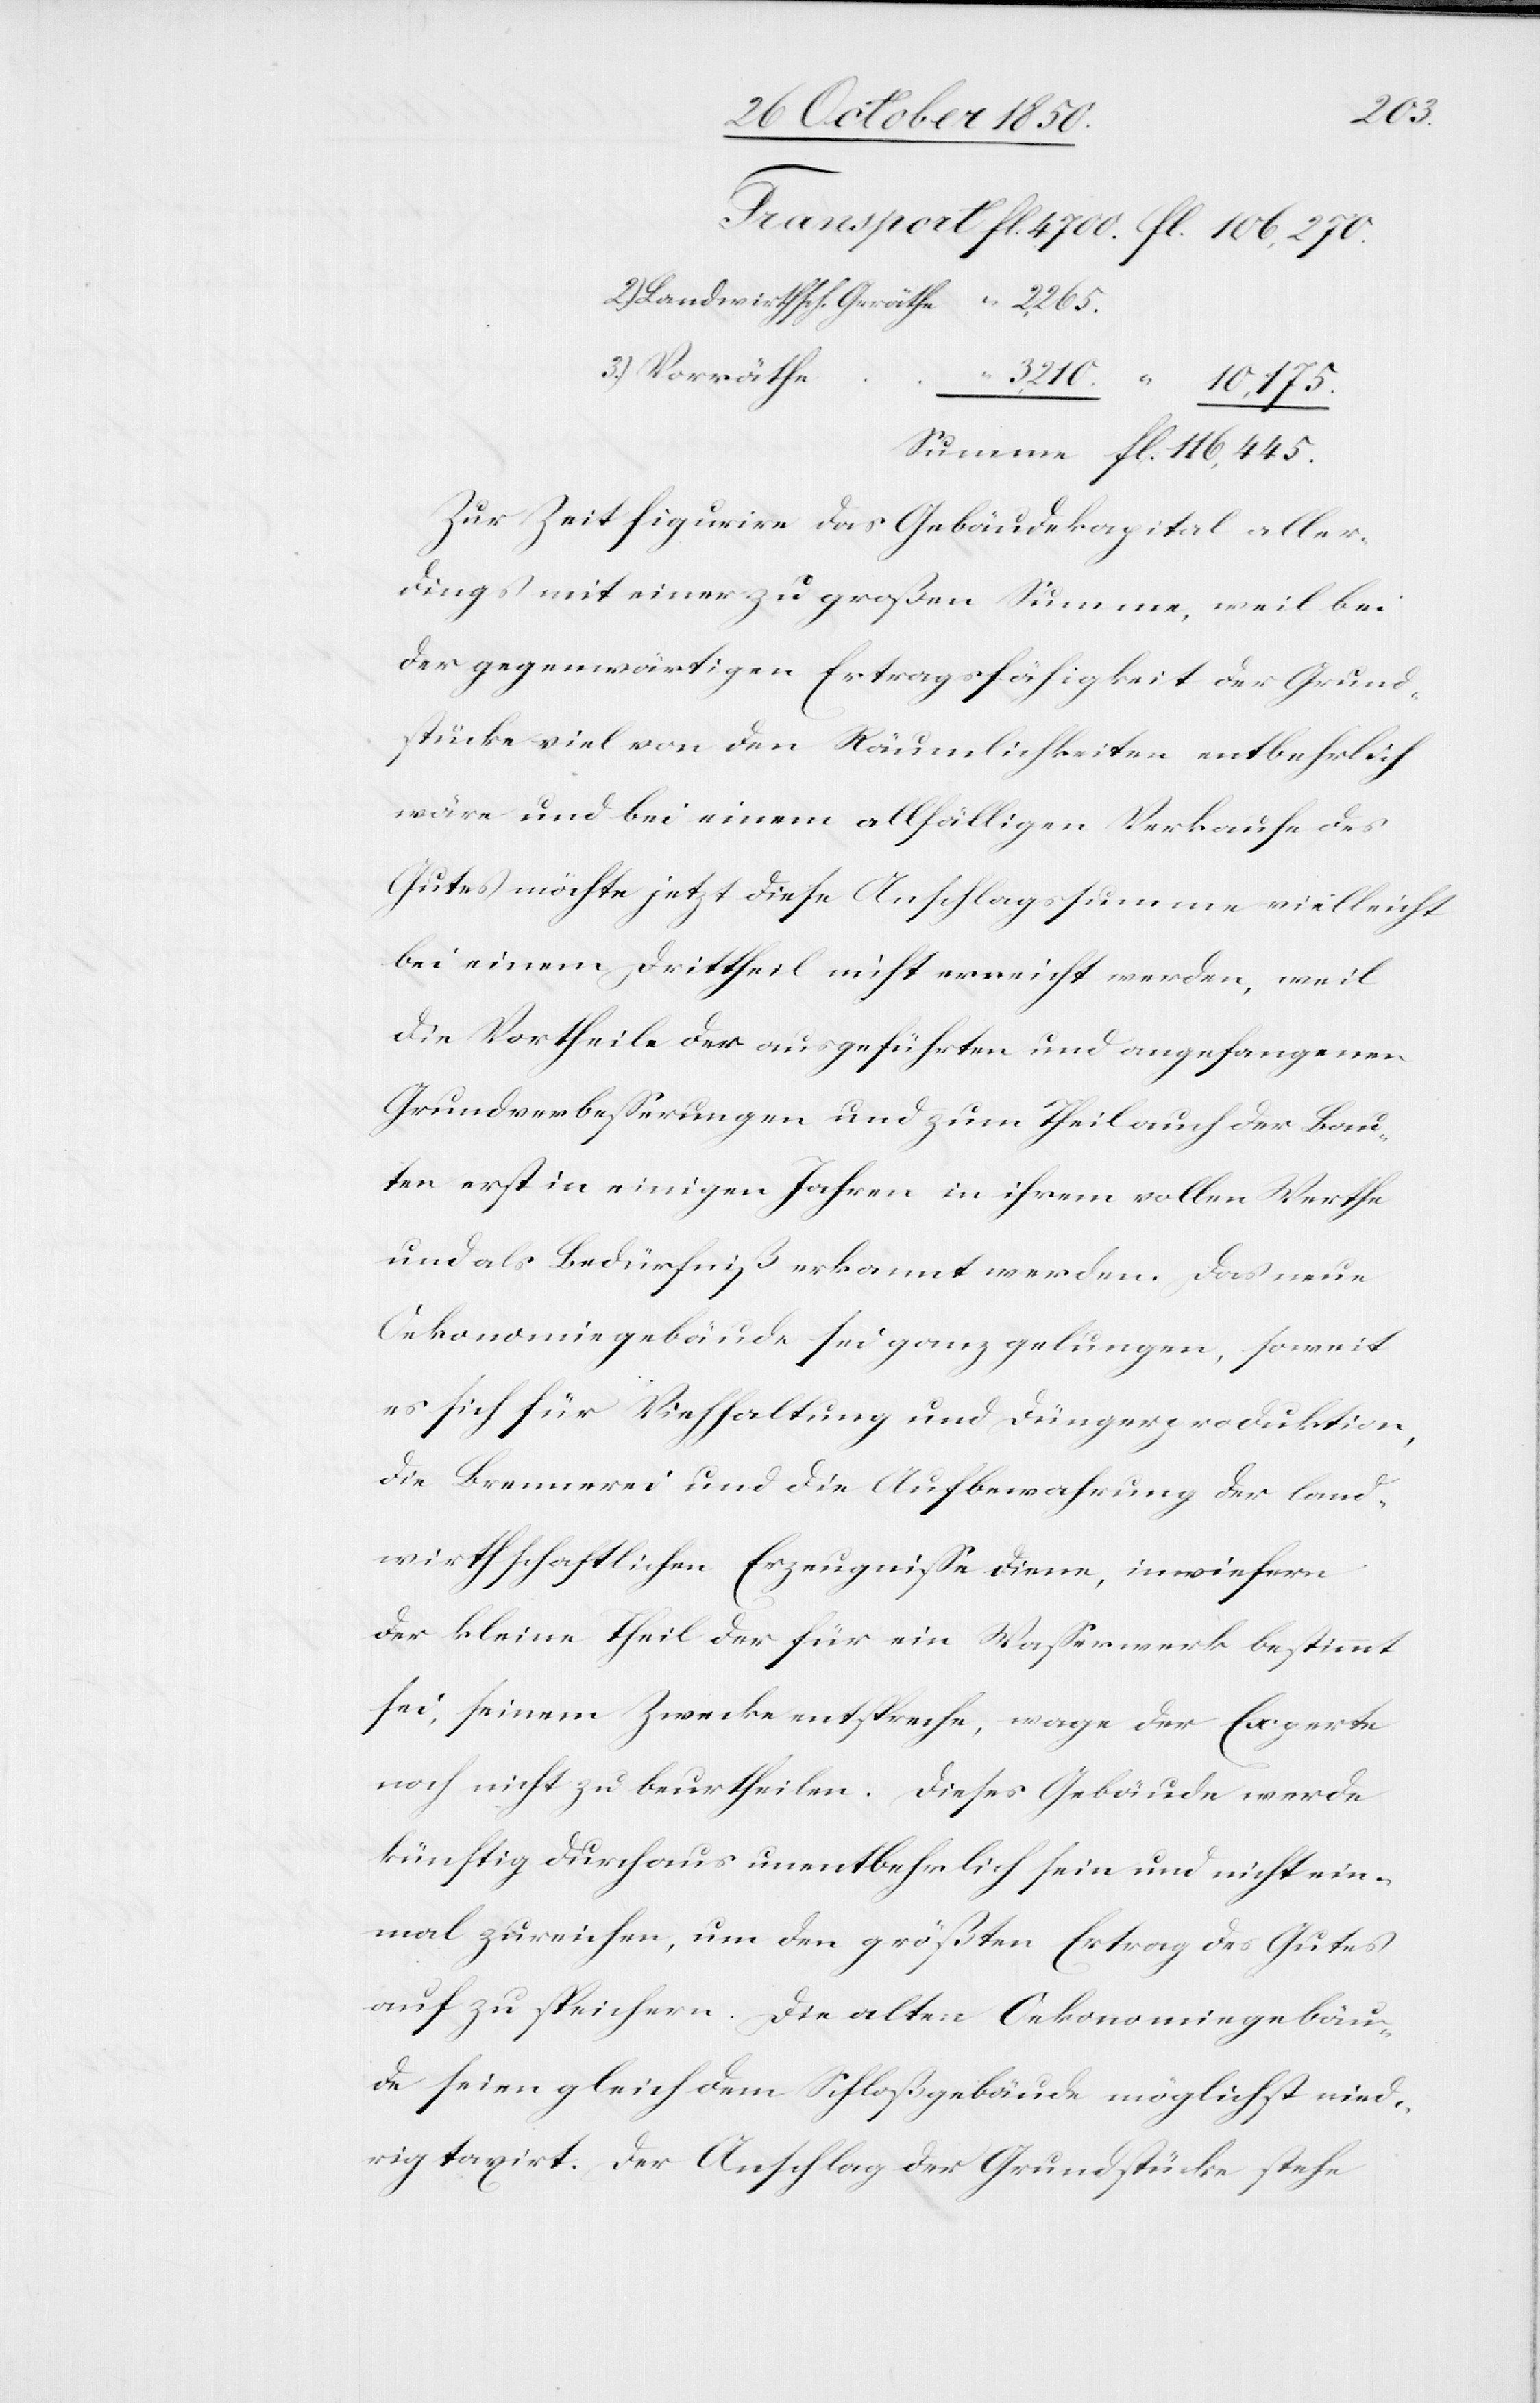
fl.
Landwirthsch. Geräthe
Vorräthe
Zur Zeit figurire das Gebäudekapital aller¬
dings mit einer zu großen Summe, weil bei
der gegenwärtigen Ertragsfähigkeit der Grund¬
stücke viel von den Räumlichkeiten entbehrlich
wäre und bei einem allfälligen verkaufe des
Gutes möchte jetzt diese Anschlagssumme vielleicht
bei einem Drittheil nicht erreicht werden, weil
die Vortheile der ausgeführten und angefangenen
Grundverbesserungen und zum Theil auch der Bau¬
ten erst in einigen Jahren in ihrem vollen Werthe
und als Bedürfniß erkannt werden. Das neue
Oekonomiegebäude sei ganz gelungen, soweit
es sich für Viehhaltung und Düngerproduktion,
die Brennerei und die Aufbewahrung der land¬
wirthschaftlichen Erzeugnisse diene, inwiefern
der kleine Theil der für ein Wasserwerk bestimmt
sei, seinem Zwecke entspreche, wage der Experte
noch nicht zu beurtheilen. Dieses Gebäude werde
künftig Durchaus unentbehrlich sein und nicht ein¬
mal zureichen, um den größten Ertrag des Gutes
auf zu speichern. Die alten Oekonomiegebäu¬
de seien gleich dem Schloßgebäude möglichst nied¬
rig taxirt. Der Anschlag der Grundstücke stehe